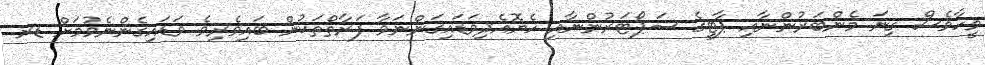
ވީހާވެސް ގިނަ މެންބަރުންނާއި ޕާޓީގެ ސަޕޯޓަރުންނާއި ހެޔޮއެދިވަޑައިގަންނަވާ ފަރާތްތަކުން ބައިވެރިވެ ވަޑައިގެންނެވުމަށް ޑރ.